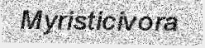
Myristicivora